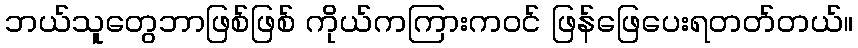
ဘယ်သူတွေဘာဖြစ်ဖြစ် ကိုယ်ကကြားကဝင် ဖြန်ဖြေပေးရတတ်တယ်။